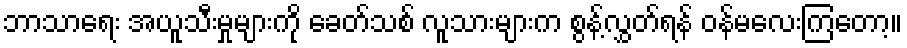
ဘာသာရေး အယူသီးမှုများကို ခေတ်သစ် လူသားများက စွန့်လွှတ်ရန် ဝန်မလေးကြတော့။